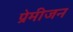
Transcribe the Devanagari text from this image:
प्रेमीजन